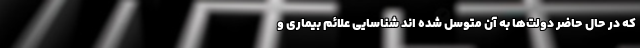
که در حال حاضر دولت‌ها به آن متوسل شده اند شناسایی علائم بیماری و